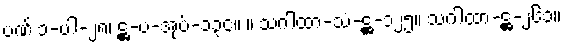
ပဏ် ၁-ပါ-၂၈၊ ဋ္ဌ-ပ-အုပ်-၁၃၄။ ။ သဂါထာ-သံ-ဋ္ဌ-၁၂၅။ သဂါထာ-ဋ္ဌ-၂၆၁။